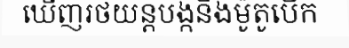
ឃើញរថយន្តបង្កនិងម៉ូតូបើក